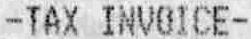
-TAX INVOICE-